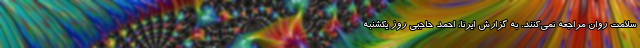
سلامت روان مراجعه نمی‌کنند. به گزارش ایرنا، احمد حاجبی روز یکشنبه